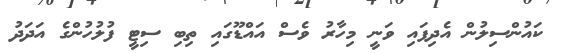
ކައުންސިލުން އެދިފައި ވަނީ މިހާރު ވެސް އައްޑޫގައި ތިބި ސިޓީ ފުލުހުންގެ އަދަދު